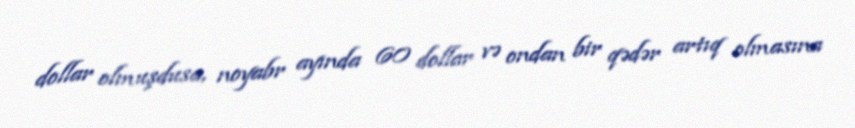
dollar olmuşdusa, noyabr ayında 60 dollar və ondan bir qədər artıq olmasına